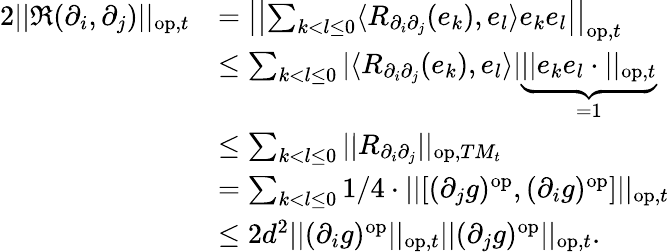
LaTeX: \begin{array}{rl}{2||\mathfrak{R}(\partial_{i},\partial_{j})||_{\mathrm{op},t}}&{=\left|\left|\sum_{k<l\leq 0}\langle R_{\partial_{i}\partial_{j}}(e_{k}),e_{l}\rangle e_{k}e_{l}\right|\right|_{\mathrm{op},t}}\\ &{\leq\sum_{k<l\leq 0}|\langle R_{\partial_{i}\partial_{j}}(e_{k}),e_{l}\rangle|\underbrace{||e_{k}e_{l}\cdot||_{\mathrm{op},t}}_{=1}}\\ &{\leq\sum_{k<l\leq 0}||R_{\partial_{i}\partial_{j}}||_{\mathrm{op},TM_{t}}}\\ &{=\sum_{k<l\leq 0}1/4\cdot||\lbrack(\partial_{j}g)^{\mathrm{op}},(\partial_{i}g)^{\mathrm{op}}\rbrack||_{\mathrm{op},t}}\\ &{\leq 2d^{2}||(\partial_{i}g)^{\mathrm{op}}||_{\mathrm{op},t}||(\partial_{j}g)^{\mathrm{op}}||_{\mathrm{op},t}.}\end{array}